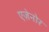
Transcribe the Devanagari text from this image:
एज़ेनोर